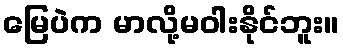
မြေပဲက မာလို့မဝါးနိုင်ဘူး။